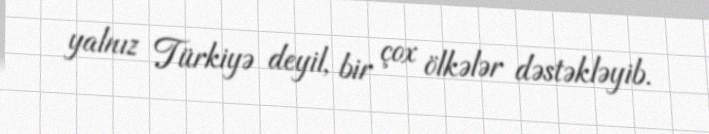
yalnız Türkiyə deyil, bir çox ölkələr dəstəkləyib.